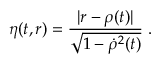
\eta ( t , r ) = \frac { | r - \rho ( t ) | } { \sqrt { 1 - { \dot { \rho } } ^ { 2 } ( t ) } } \; .